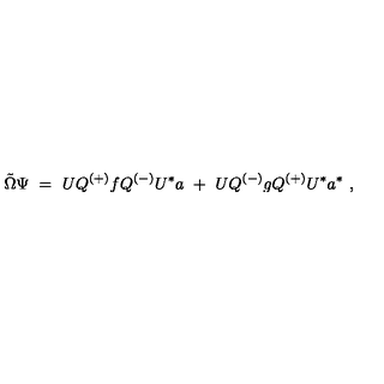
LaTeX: { \tilde { \Omega } } \Psi \ = \ U Q ^ { ( + ) } f Q ^ { ( - ) } U ^ { * } a \ + \ U Q ^ { ( - ) } g Q ^ { ( + ) } U ^ { * } a ^ { * } \ ,